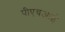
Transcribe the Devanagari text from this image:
पीएचआई